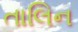
તાલિન